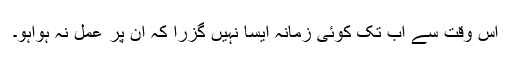
اس وقت سے اب تک کوئی زمانہ ایسا نہیں گزرا کہ ان پر عمل نہ ہواہو۔